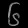
Digit: ၆